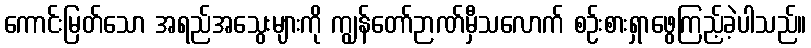
ကောင်းမြတ်သော အရည်အသွေးများကို ကျွန်တော်ဉာဏ်မှီသလောက် စဉ်းစားရှာဖွေကြည့်ခဲ့ပါသည်။